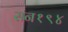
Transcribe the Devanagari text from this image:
सन१९४